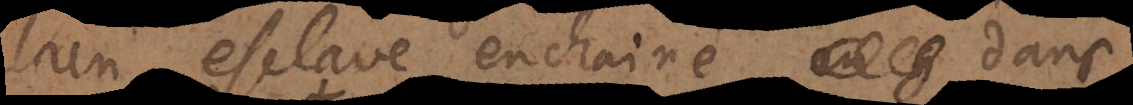
Un esclave enchainé dans